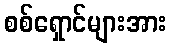
စစ်ရှောင်များအား